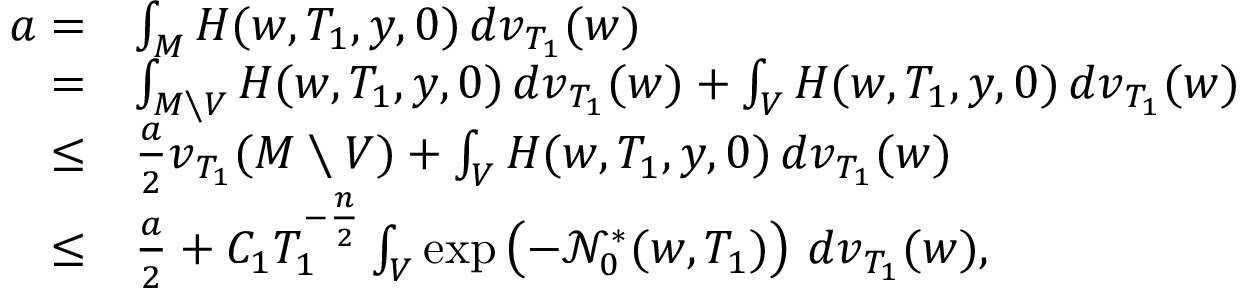
\begin{array} { r l } { a = } & { \int _ { M } H ( w , T _ { 1 } , y , 0 ) \, d v _ { T _ { 1 } } ( w ) } \\ { = } & { \int _ { M \setminus V } H ( w , T _ { 1 } , y , 0 ) \, d v _ { T _ { 1 } } ( w ) + \int _ { V } H ( w , T _ { 1 } , y , 0 ) \, d v _ { T _ { 1 } } ( w ) } \\ { \le } & { \frac { a } { 2 } v _ { T _ { 1 } } ( M \setminus V ) + \int _ { V } H ( w , T _ { 1 } , y , 0 ) \, d v _ { T _ { 1 } } ( w ) } \\ { \le } & { \frac { a } { 2 } + C _ { 1 } T _ { 1 } ^ { - \frac { n } { 2 } } \int _ { V } \exp \left( - \ensuremath { \mathcal { N } } _ { 0 } ^ { * } ( w , T _ { 1 } ) \right) \, d v _ { T _ { 1 } } ( w ) , } \end{array}